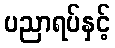
ပညာရပ်နှင့်